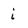
Character: i